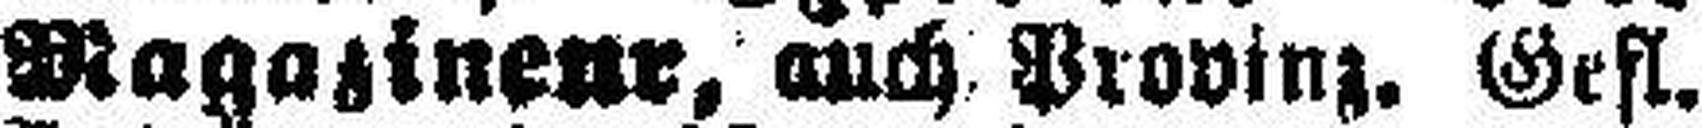
Magazineur, auch Provinz. Gefl.